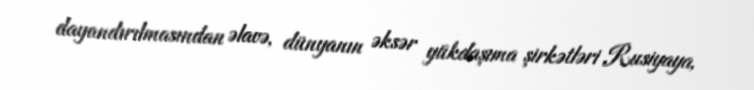
dayandırılmasından əlavə, dünyanın əksər yükdaşıma şirkətləri Rusiyaya,